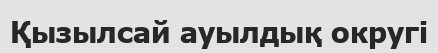
Қызылсай ауылдық округі